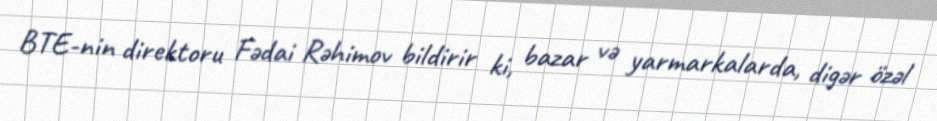
BTE-nin direktoru Fədai Rəhimov bildirir ki, bazar və yarmarkalarda, digər özəl